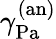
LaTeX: \gamma_{\mathrm{{Pa}}}^{\mathrm{{(an)}}}